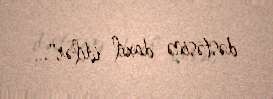
dəstəsinə daxil idilər"...